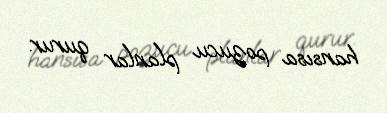
hansısa pozucu planlar qurur.